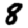
Digit: 8